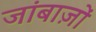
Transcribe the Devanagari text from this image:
जांबाज़ों